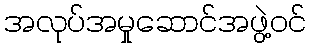
အလုပ်အမှုဆောင်အဖွဲ့ဝင်